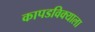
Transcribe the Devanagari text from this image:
कापडविक्याला